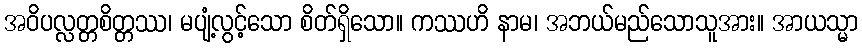
အဝိပလ္လတ္တစိတ္တဿ၊ မပျံ့လွင့်သော စိတ်ရှိသော။ ကဿဟိ နာမ၊ အဘယ်မည်သောသူအား။ အာယသ္မာ